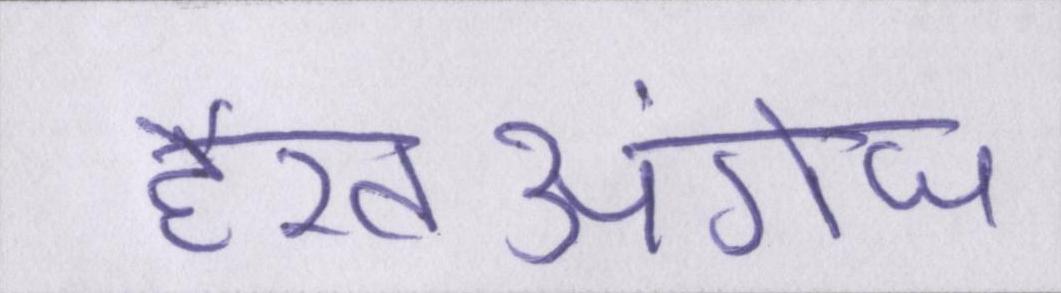
हैरतअंगेज